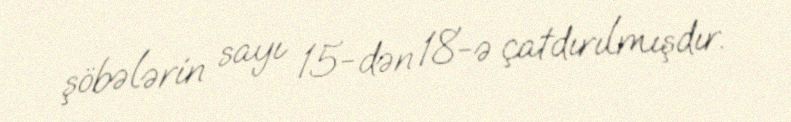
şöbələrin sayı 15-dən 18-ə çatdırılmışdır.